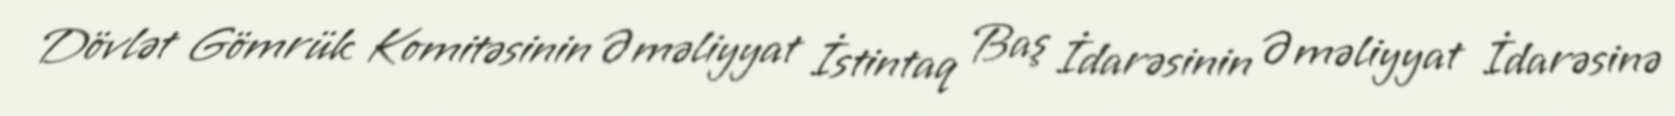
Dövlət Gömrük Komitəsinin Əməliyyat İstintaq Baş İdarəsinin Əməliyyat İdarəsinə